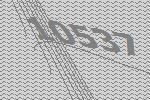
10537